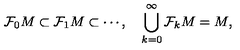
\mathcal { F } _ { 0 } M \subset \mathcal { F } _ { 1 } M \subset \cdots , \quad \bigcup _ { k = 0 } ^ { \infty } \mathcal { F } _ { k } M = M ,